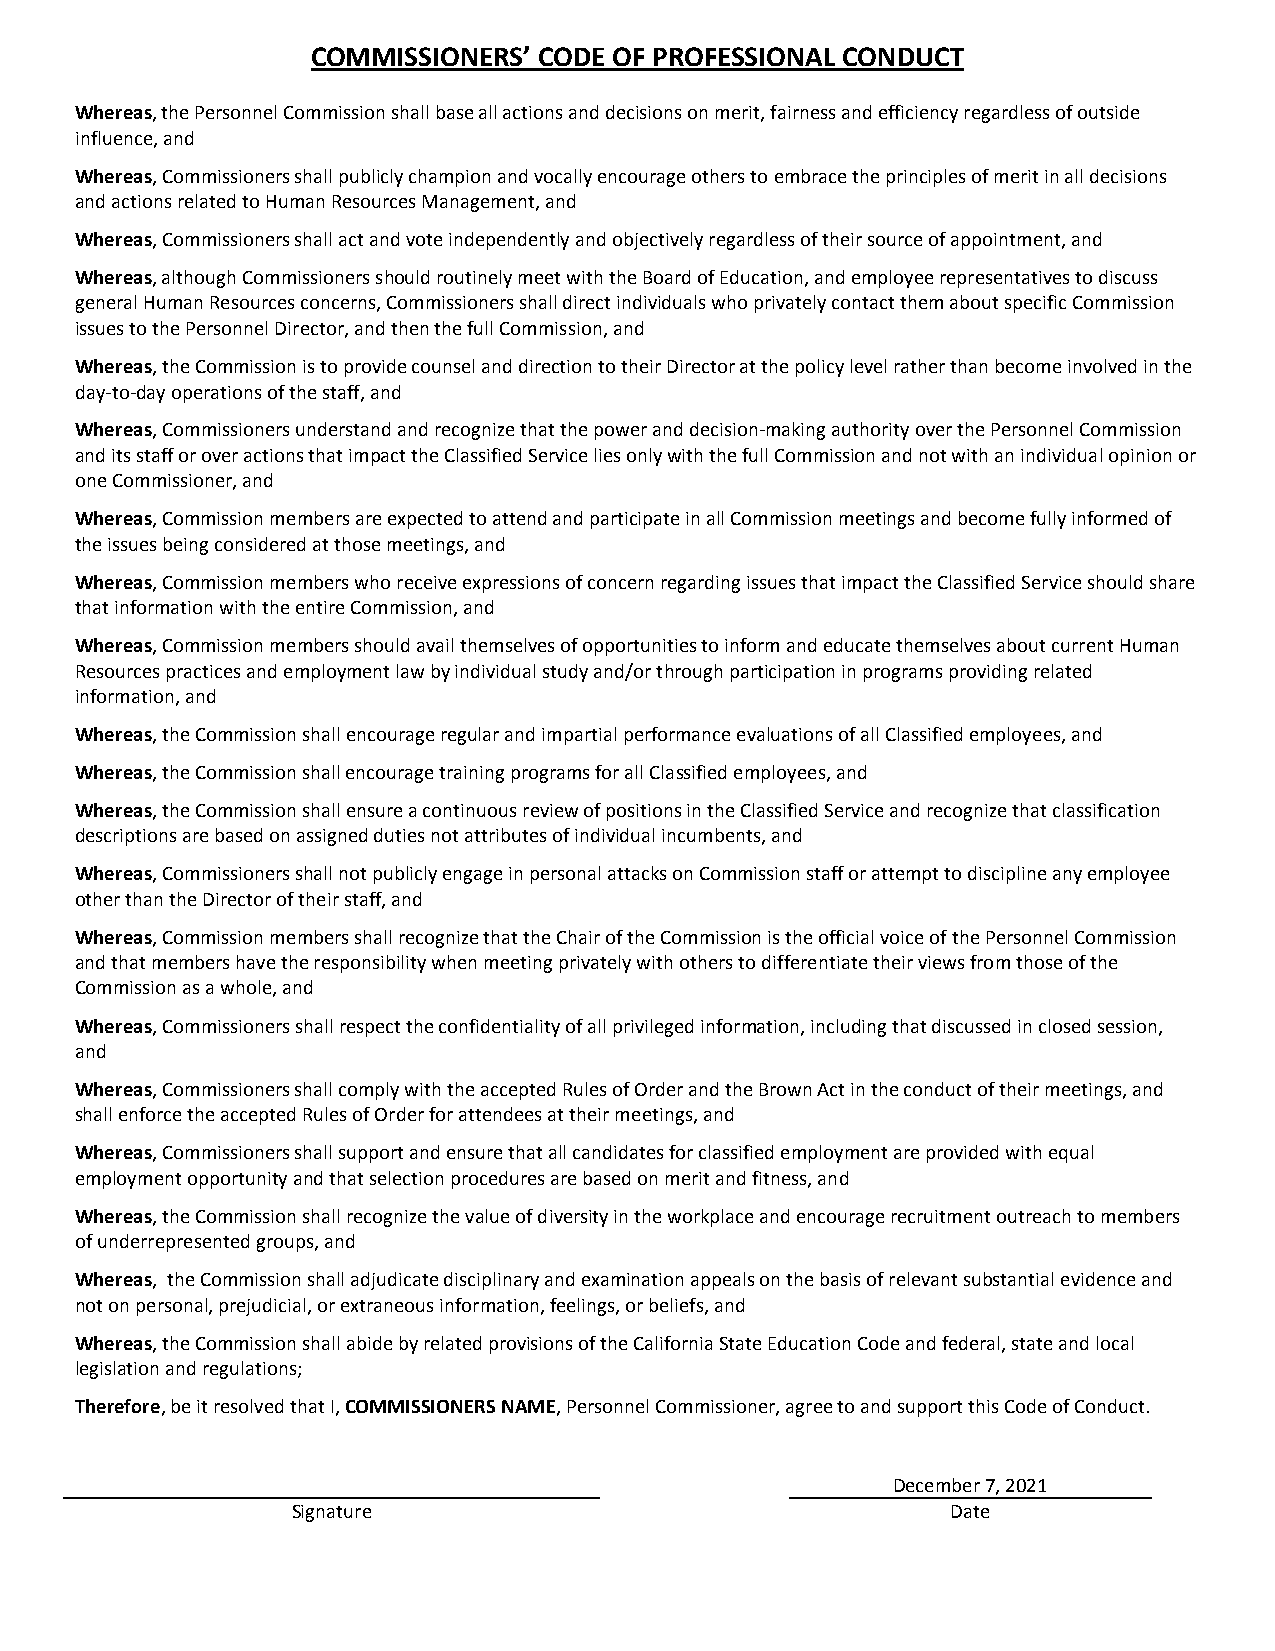
COMMISSIONERS’ CODE OF PROFESSIONAL CONDUCT
 Whereas, the Personnel Commission shall base all actions and decisions on merit, fairness and efficiency regardless of outside
 influence, and
 Whereas, Commissioners shall publicly champion and vocally encourage others to embrace the principles of merit in all decisions
 and actions related to Human Resources Management, and
 Whereas, Commissioners shall act and vote independently and objectively regardless of their source of appointment, and
 Whereas, although Commissioners should routinely meet with the Board of Education, and employee representatives to discuss
 general Human Resources concerns, Commissioners shall direct individuals who privately contact them about specific Commission
 issues to the Personnel Director, and then the full Commission, and
 Whereas, the Commission is to provide counsel and direction to their Director at the policy level rather than become involved in the
 day-to-day operations of the staff, and
 Whereas, Commissioners understand and recognize that the power and decision-making authority over the Personnel Commission
 and its staff or over actions that impact the Classified Service lies only with the full Commission and not with an individual opinion or
 one Commissioner, and
 Whereas, Commission members are expected to attend and participate in all Commission meetings and become fully informed of
 the issues being considered at those meetings, and
 Whereas, Commission members who receive expressions of concern regarding issues that impact the Classified Service should share
 that information with the entire Commission, and
 Whereas, Commission members should avail themselves of opportunities to inform and educate themselves about current Human
 Resources practices and employment law by individual study and/or through participation in programs providing related
 information, and
 Whereas, the Commission shall encourage regular and impartial performance evaluations of all Classified employees, and
 Whereas, the Commission shall encourage training programs for all Classified employees, and
 Whereas, the Commission shall ensure a continuous review of positions in the Classified Service and recognize that classification
 descriptions are based on assigned duties not attributes of individual incumbents, and
 Whereas, Commissioners shall not publicly engage in personal attacks on Commission staff or attempt to discipline any employee
 other than the Director of their staff, and
 Whereas, Commission members shall recognize that the Chair of the Commission is the official voice of the Personnel Commission
 and that members have the responsibility when meeting privately with others to differentiate their views from those of the
 Commission as a whole, and
 Whereas, Commissioners shall respect the confidentiality of all privileged information, including that discussed in closed session,
 and
 Whereas, Commissioners shall comply with the accepted Rules of Order and the Brown Act in the conduct of their meetings, and
 shall enforce the accepted Rules of Order for attendees at their meetings, and
 Whereas, Commissioners shall support and ensure that all candidates for classified employment are provided with equal
 employment opportunity and that selection procedures are based on merit and fitness, and
 Whereas, the Commission shall recognize the value of diversity in the workplace and encourage recruitment outreach to members
 of underrepresented groups, and
 Whereas, the Commission shall adjudicate disciplinary and examination appeals on the basis of relevant substantial evidence and
 not on personal, prejudicial, or extraneous information, feelings, or beliefs, and
 Whereas, the Commission shall abide by related provisions of the California State Education Code and federal, state and local
 legislation and regulations;
 Therefore, be it resolved that I, COMMISSIONERS NAME, Personnel Commissioner, agree to and support this Code of Conduct.
 December 7, 2021
 Signature                                   Date